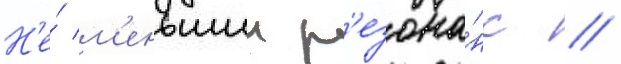
Н'е́ м'еньшии р'езона́нс /